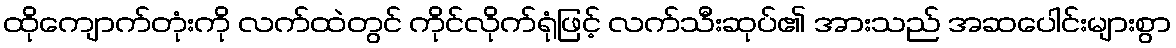
ထိုကျောက်တုံးကို လက်ထဲတွင် ကိုင်လိုက်ရုံဖြင့် လက်သီးဆုပ်၏ အားသည် အဆပေါင်းများစွာ